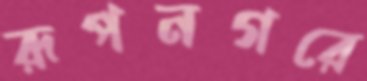
রূপনগরে